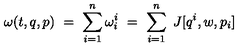
\omega ( t , q , p ) \ = \ \sum _ { i = 1 } ^ { n } \omega _ { i } ^ { i } \ = \ \sum _ { i = 1 } ^ { n } \ J [ q ^ { i } , w , p _ { i } ]